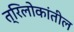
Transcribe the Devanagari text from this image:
त्रिलोकांतील